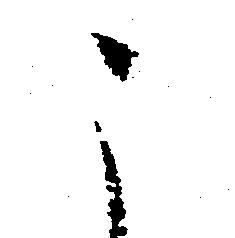
こ